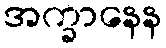
အက္ခာနေန